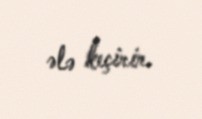
ələ keçirir.